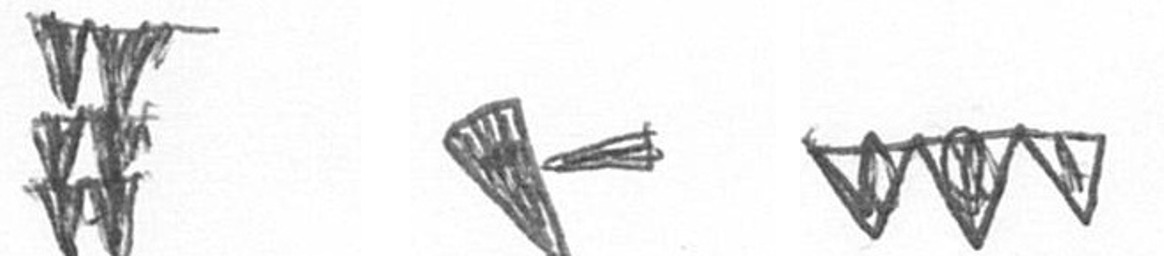
Y F L